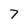
Character: 7